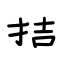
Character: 拮